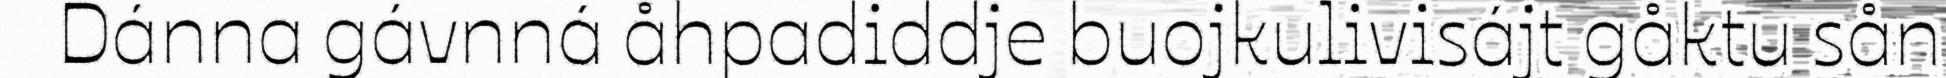
Dánna gávnná åhpadiddje buojkulivisájt gåktu sån